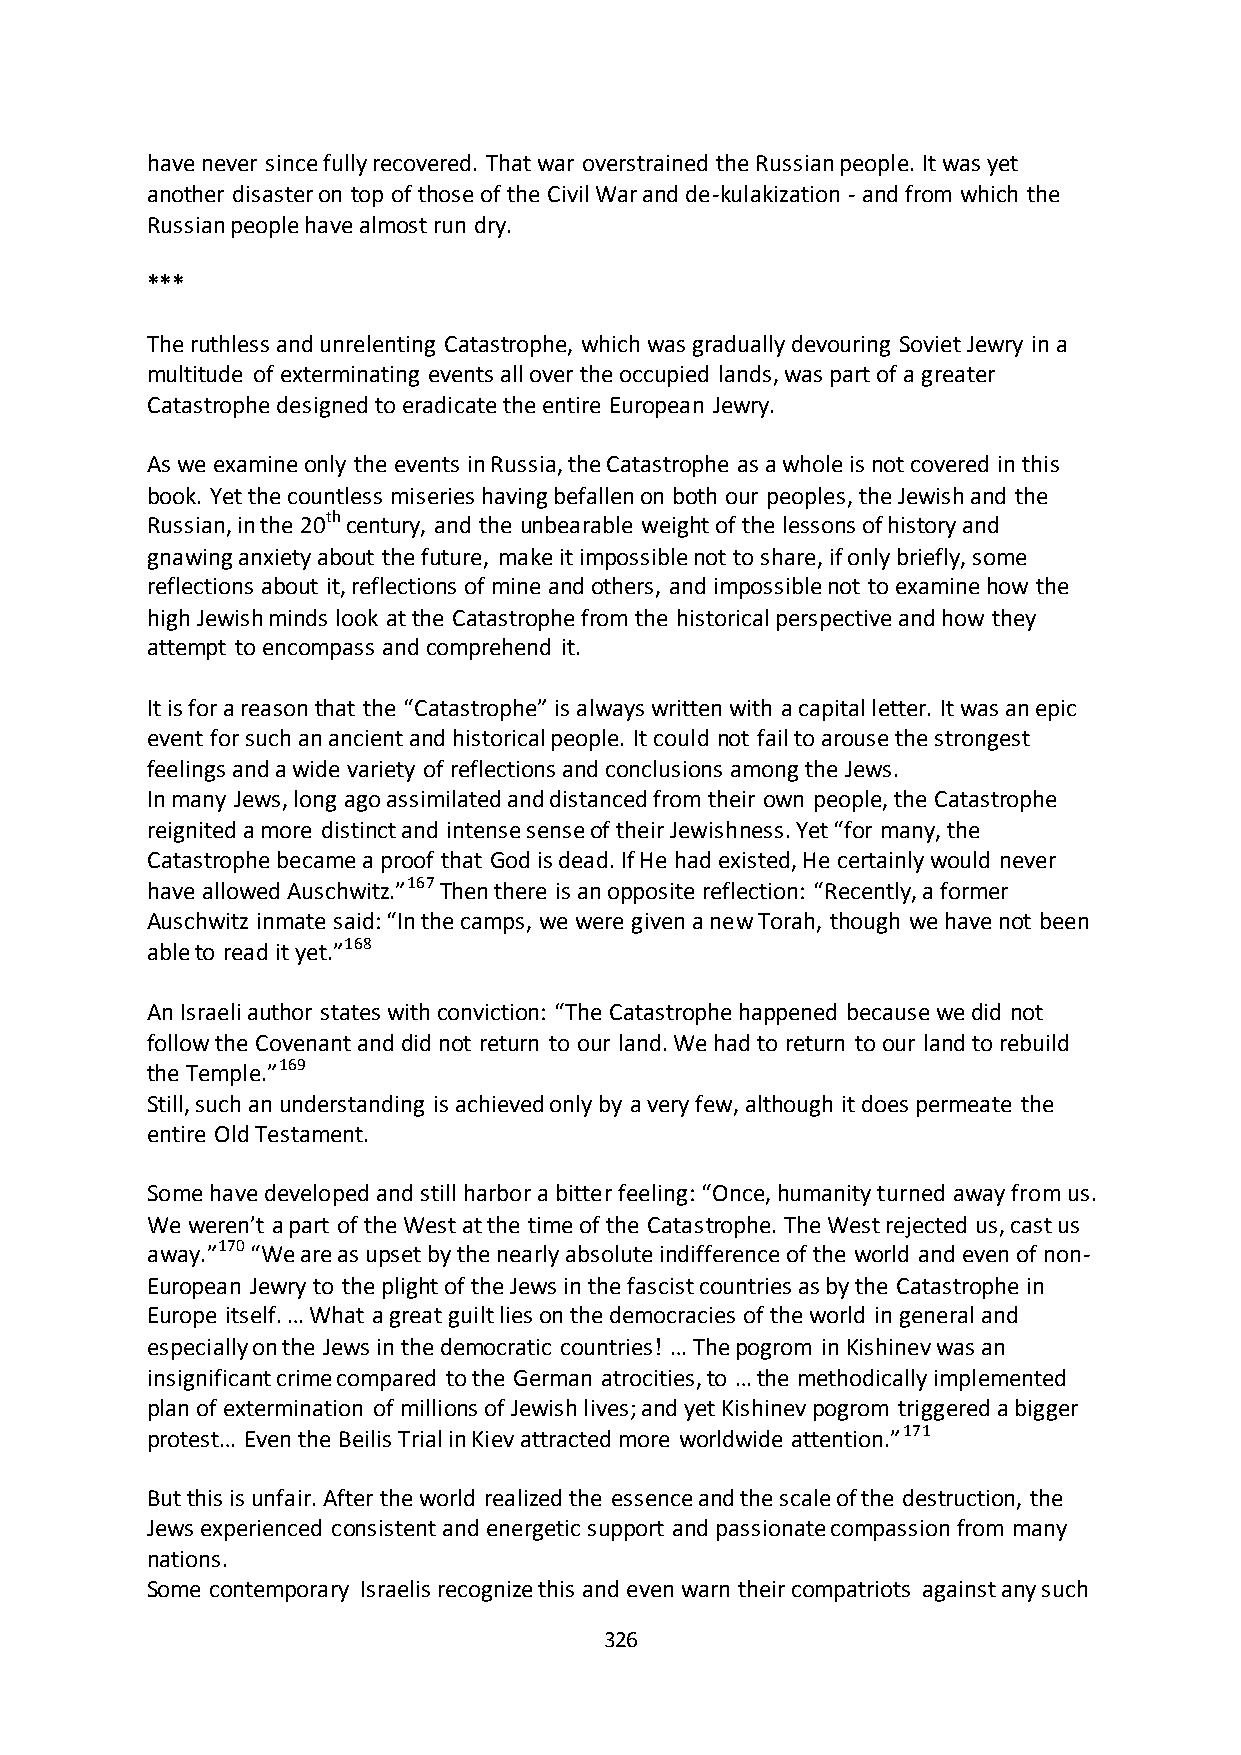
have never since fully recovered. That war overstrained the Russian people. It was yet
 another disaster on top of those of the Civil War and de-kulakization - and from which the
 Russian people have almost run dry.
 ***
 The ruthless and unrelenting Catastrophe, which was gradually devouring Soviet Jewry in a
 multitude of exterminating events all over the occupied lands, was part of a greater
 Catastrophe designed to eradicate the entire European Jewry.
 As we examine only the events in Russia, the Catastrophe as a whole is not covered in this
 book. Yet the countless miseries having befallen on both our peoples, the Jewish and the
 Russian, in the 20th century, and the unbearable weight of the lessons of history and
 gnawing anxiety about the future, make it impossible not to share, if only briefly, some
 reflections about it, reflections of mine and others, and impossible not to examine how the
 high Jewish minds look at the Catastrophe from the historical perspective and how they
 attempt to encompass and comprehend it.
 It is for a reason that the “Catastrophe” is always written with a capital letter. It was an epic
 event for such an ancient and historical people. It could not fail to arouse the strongest
 feelings and a wide variety of reflections and conclusions among the Jews.
 In many Jews, long ago assimilated and distanced from their own people, the Catastrophe
 reignited a more distinct and intense sense of their Jewishness. Yet “for many, the
 Catastrophe became a proof that God is dead. If He had existed, He certainly would never
 have allowed Auschwitz.”167 Then there is an opposite reflection: “Recently, a former
 Auschwitz inmate said: “In the camps, we were given a new Torah, though we have not been
 able to read it yet.”168
 An Israeli author states with conviction: “The Catastrophe happened because we did not
 follow the Covenant and did not return to our land. We had to return to our land to rebuild
 the Temple.”169
 Still, such an understanding is achieved only by a very few, although it does permeate the
 entire Old Testament.
 Some have developed and still harbor a bitter feeling: “Once, humanity turned away from us.
 We weren’t a part of the West at the time of the Catastrophe. The West rejected us, cast us
 away.”170 “We are as upset by the nearly absolute indifference of the world and even of non-
 European Jewry to the plight of the Jews in the fascist countries as by the Catastrophe in
 Europe itself. … What a great guilt lies on the democracies of the world in general and
 especially on the Jews in the democratic countries! … The pogrom in Kishinev was an
 insignificant crime compared to the German atrocities, to … the methodically implemented
 plan of extermination of millions of Jewish lives; and yet Kishinev pogrom triggered a bigger
 protest… Even the Beilis Trial in Kiev attracted more worldwide attention.”171
 But this is unfair. After the world realized the essence and the scale of the destruction, the
 Jews experienced consistent and energetic support and passionate compassion from many
 nations.
 Some contemporary Israelis recognize this and even warn their compatriots against any such
 326